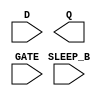
/**
 * Copyright 2020 The SkyWater PDK Authors
 *
 * Licensed under the Apache License, Version 2.0 (the "License");
 * you may not use this file except in compliance with the License.
 * You may obtain a copy of the License at
 *
 *     https://www.apache.org/licenses/LICENSE-2.0
 *
 * Unless required by applicable law or agreed to in writing, software
 * distributed under the License is distributed on an "AS IS" BASIS,
 * WITHOUT WARRANTIES OR CONDITIONS OF ANY KIND, either express or implied.
 * See the License for the specific language governing permissions and
 * limitations under the License.
 *
 * SPDX-License-Identifier: Apache-2.0
 */

`ifndef SKY130_FD_SC_LP__SRDLXTP_SYMBOL_V
`define SKY130_FD_SC_LP__SRDLXTP_SYMBOL_V

/**
 * srdlxtp: ????.
 *
 * Verilog stub (without power pins) for graphical symbol definition
 * generation.
 *
 * WARNING: This file is autogenerated, do not modify directly!
 */

`timescale 1ns / 1ps
`default_nettype none

(* blackbox *)
module sky130_fd_sc_lp__srdlxtp (
    //# {{data|Data Signals}}
    input  D      ,
    output Q      ,

    //# {{clocks|Clocking}}
    input  GATE   ,

    //# {{power|Power}}
    input  SLEEP_B
);

    // Voltage supply signals
    supply1 KAPWR;
    supply1 VPWR ;
    supply0 VGND ;
    supply1 VPB  ;
    supply0 VNB  ;

endmodule

`default_nettype wire
`endif  // SKY130_FD_SC_LP__SRDLXTP_SYMBOL_V